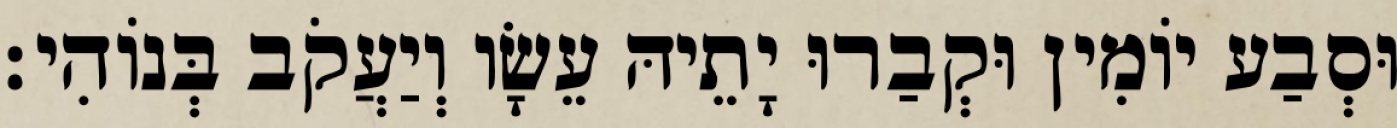
וּסְבַע יוֹמִין וּקְבַרוּ יָתֵיהּ עֵשָׂו וְיַעֲקֹב בְּנוֹהִי׃